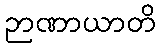
ဉာဏာယာတိ